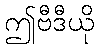
ဤဗီဒီယို